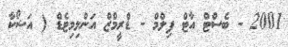
2001 - ބެސްޓް އާޓް ފިލްމް - ޑްރީމްޒް އަންލިމިޓެޑް ( އަޝޯކާ